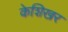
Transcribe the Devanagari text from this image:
केशिखर